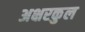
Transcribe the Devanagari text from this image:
अक्षरकुल